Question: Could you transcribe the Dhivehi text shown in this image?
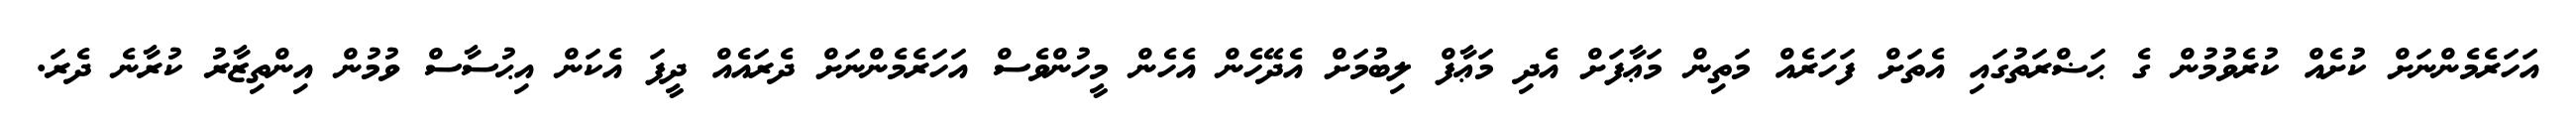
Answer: އަހަރެމެންނަށް ކުށެއް ކުރެވުމުން ގެ ޙަޟްރަތުގައި އެތަށް ފަހަރެއް މަތިން މަޢާފަށް އެދި މަޢާފް ލިބުމަށް އެދޭހެން އެހެން މީހުންވެސް އަހަރެމެންނަށް ދެރައެއް ދީފަ އެކަން އިޙުސާސް ވުމުން އިންތިޒާރު ކުރާނެ ދެރަ.